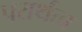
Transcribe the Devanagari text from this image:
परार्थत्व